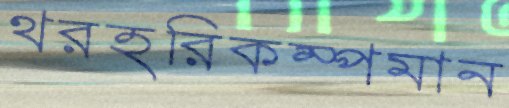
থরহরিকম্পমান